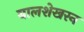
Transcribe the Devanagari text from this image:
बालशेखरन